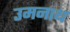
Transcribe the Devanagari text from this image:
उमनाथ